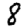
Digit: 8